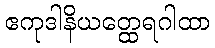
ဧကုဒါနိယတ္ထေရဂါထာ